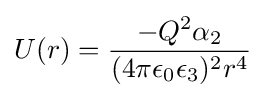
U(r)={\frac {-Q^{2}\alpha _{2}}{(4\pi \epsilon _{0}\epsilon _{3})^{2}r^{4}}}